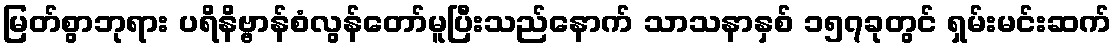
မြတ်စွာဘုရား ပရိနိဗ္ဗာန်စံလွန်တော်မူပြီးသည်နောက် သာသနာနှစ် ၁၅၇ခုတွင် ရှမ်းမင်းဆက်